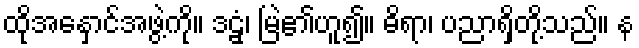
ထိုအနှောင်အဖွဲ့ကို။ ဒဠှံ၊ မြဲ၏ဟူ၍။ ဓိရာ၊ ပညာရှိတို့သည်။ န